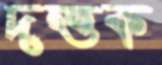
দত্তক